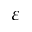
\varepsilon